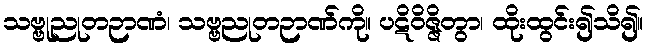
သဗ္ဗုညုတဉာဏံ၊ သဗ္ဗညုတဉာဏ်ကို။ ပဋိဝိဇ္ဇိတွာ၊ ထိုးထွင်း၍သိ၍။